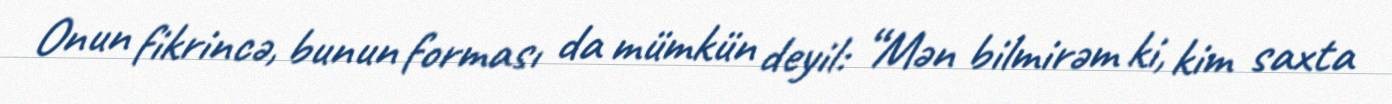
Onun fikrincə, bunun forması da mümkün deyil: “Mən bilmirəm ki, kim saxta